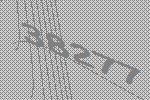
38277